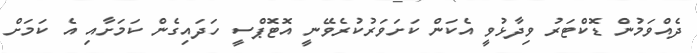
ދެއްވަމުން ޑޮކްޓަރު ވިދާޅުވީ އެކަން ކަށަވަރުކުރެވޭނީ އޮޓޮޕްސީ ހަދައިގެން ކަމަށާއި އެ ކަމަށް